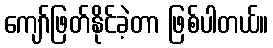
ကျော်ဖြတ်နိုင်ခဲ့တာ ဖြစ်ပါတယ်။